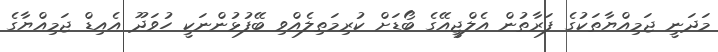
މަދަނީ ޖަމިއްޔާތަކުގެ ފަރާތުން އެލްޖީއޭގެ ބޯޑަށް ކުރިމަތިލެއްވި ބޭފުޅުންނަކީ ހުވަދޫ އެއިޑް ޖަމިއްޔާގެ